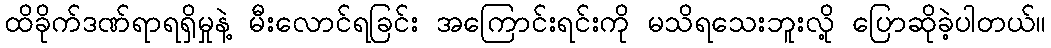
ထိခိုက်ဒဏ်ရာရရှိမှုနဲ့ မီးလောင်ရခြင်း အကြောင်းရင်းကို မသိရသေးဘူးလို့ ပြောဆိုခဲ့ပါတယ်။